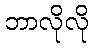
ဘာလိုလို